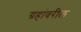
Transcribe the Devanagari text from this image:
ग्रहांवरील